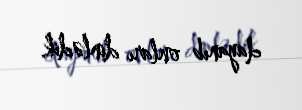
dayanıb onları dinlədik.